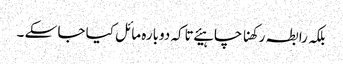
بلکہ رابطہ رکھنا چاہیئے تاکہ دوبارہ مائل کیا جا سکے ۔